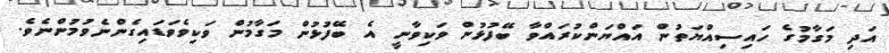
އަދި މަގާމުގެ ހައިސިއްޔަތުން އައްޔަންކުރައްވާ ބޭފުޅުން ވަކިވާނީ އެ ބޭފުޅުން މަގާމުން ވަކިވެވަޑައިގެންނެވުމުންނެވެ.